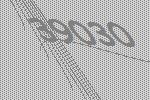
39030